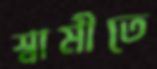
স্বামীতে